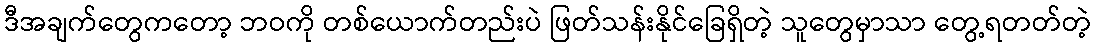
ဒီအချက်တွေကတော့ ဘဝကို တစ်ယောက်တည်းပဲ ဖြတ်သန်းနိုင်ခြေရှိတဲ့ သူတွေမှာသာ တွေ့ရတတ်တဲ့